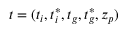
t = ( t _ { i } , t _ { i } ^ { * } , t _ { g } , t _ { g } ^ { * } , z _ { p } )